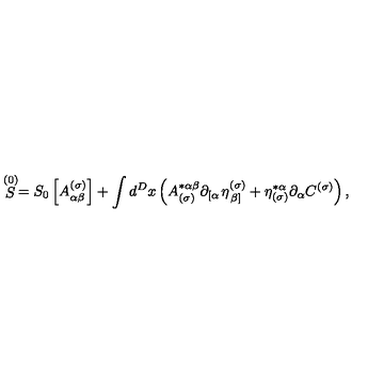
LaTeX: \stackrel { ( 0 ) } { S } = S _ { 0 } \left[ A _ { \alpha \beta } ^ { ( \sigma ) } \right] + \int d ^ { D } x \left( A _ { ( \sigma ) } ^ { * \alpha \beta } \partial _ { \left[ \alpha \right. } \eta _ { \left. \beta \right] } ^ { ( \sigma ) } + \eta _ { ( \sigma ) } ^ { * \alpha } \partial _ { \alpha } C ^ { ( \sigma ) } \right) ,